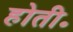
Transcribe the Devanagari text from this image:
होती॰